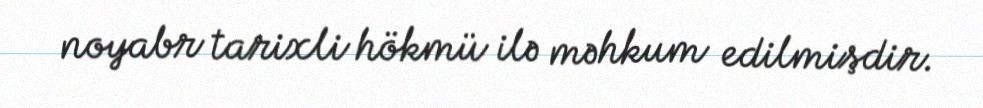
noyabr tarixli hökmü ilə məhkum edilmişdir.